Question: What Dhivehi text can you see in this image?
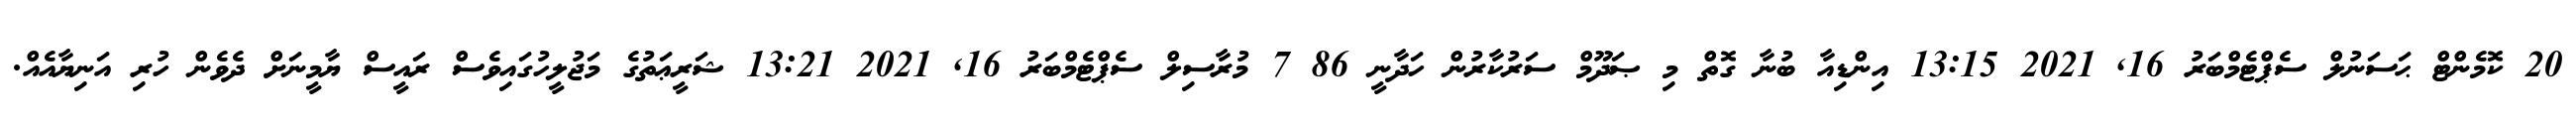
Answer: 20 ކޮމެންޓް ޙަސަނުލް ސެޕްޓެމްބަރު 16, 2021 13:15 އިންޑިއާ ބުނާ ގޮތް މި ޞަދޫމް ސަރުކާރުން ހަދާނީ 86 7 މުރާސިލް ސެޕްޓެމްބަރު 16, 2021 13:21 ޝަރީޢަތުގެ މަޖުލީހުގައިވެސް ރައީސް ޔާމީނަށް ދެވެން ހުރި އަނިޔާއެއް.